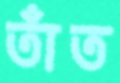
তাঁত